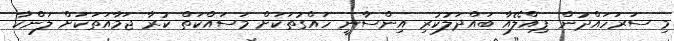
މި ސަރަހައްދުން ޕިއްލޭއާ ބައްދަލުކުރި އިންސާނީ ހައްގުތަކަށް މަސައްކަތް ކުރާ ޖަމާއަތަކަށް ލަންކާ